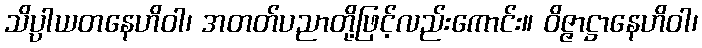
သိပ္ပါယတနေဟိဝါ၊ အတတ်ပညာတို့ဖြင့်လည်းကောင်း။ ဝိဇ္ဇာဋ္ဌာနေဟိဝါ၊